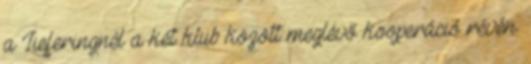
a Lieferingnél a két klub között meglévő kooperáció révén.